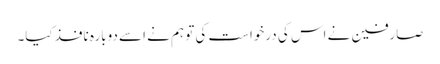
صارفین نے اس کی درخواست کی تو ہم نے اسے دوبارہ نافذ کیا۔